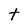
Character: t